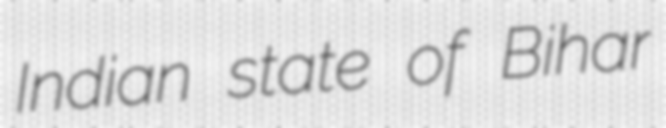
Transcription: Indian state of Bihar